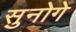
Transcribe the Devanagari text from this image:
सुनोगे